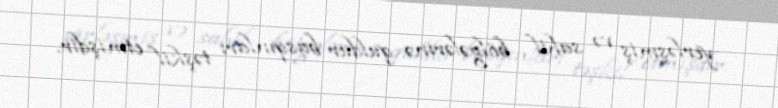
yerləşmiş və sahil bölgələrinə quldur basqınları təşkil etmişdir.